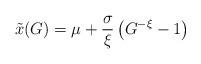
LaTeX: \begin{align*}\tilde{x}(G) = \mu + \frac{\sigma}{\xi}\left( G^{-\xi} -1 \right)\end{align*}